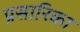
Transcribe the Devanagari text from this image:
प्रसारिका